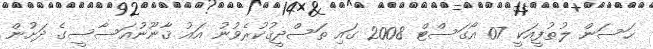
ޙަސަން ލުޠުފީއަކީ 07 އޯގަސްޓް 2008 ގައި ތަސްދީޤުކުރެވުނު އައު ޤާނޫނުއަސާސީގެ ދަށުން